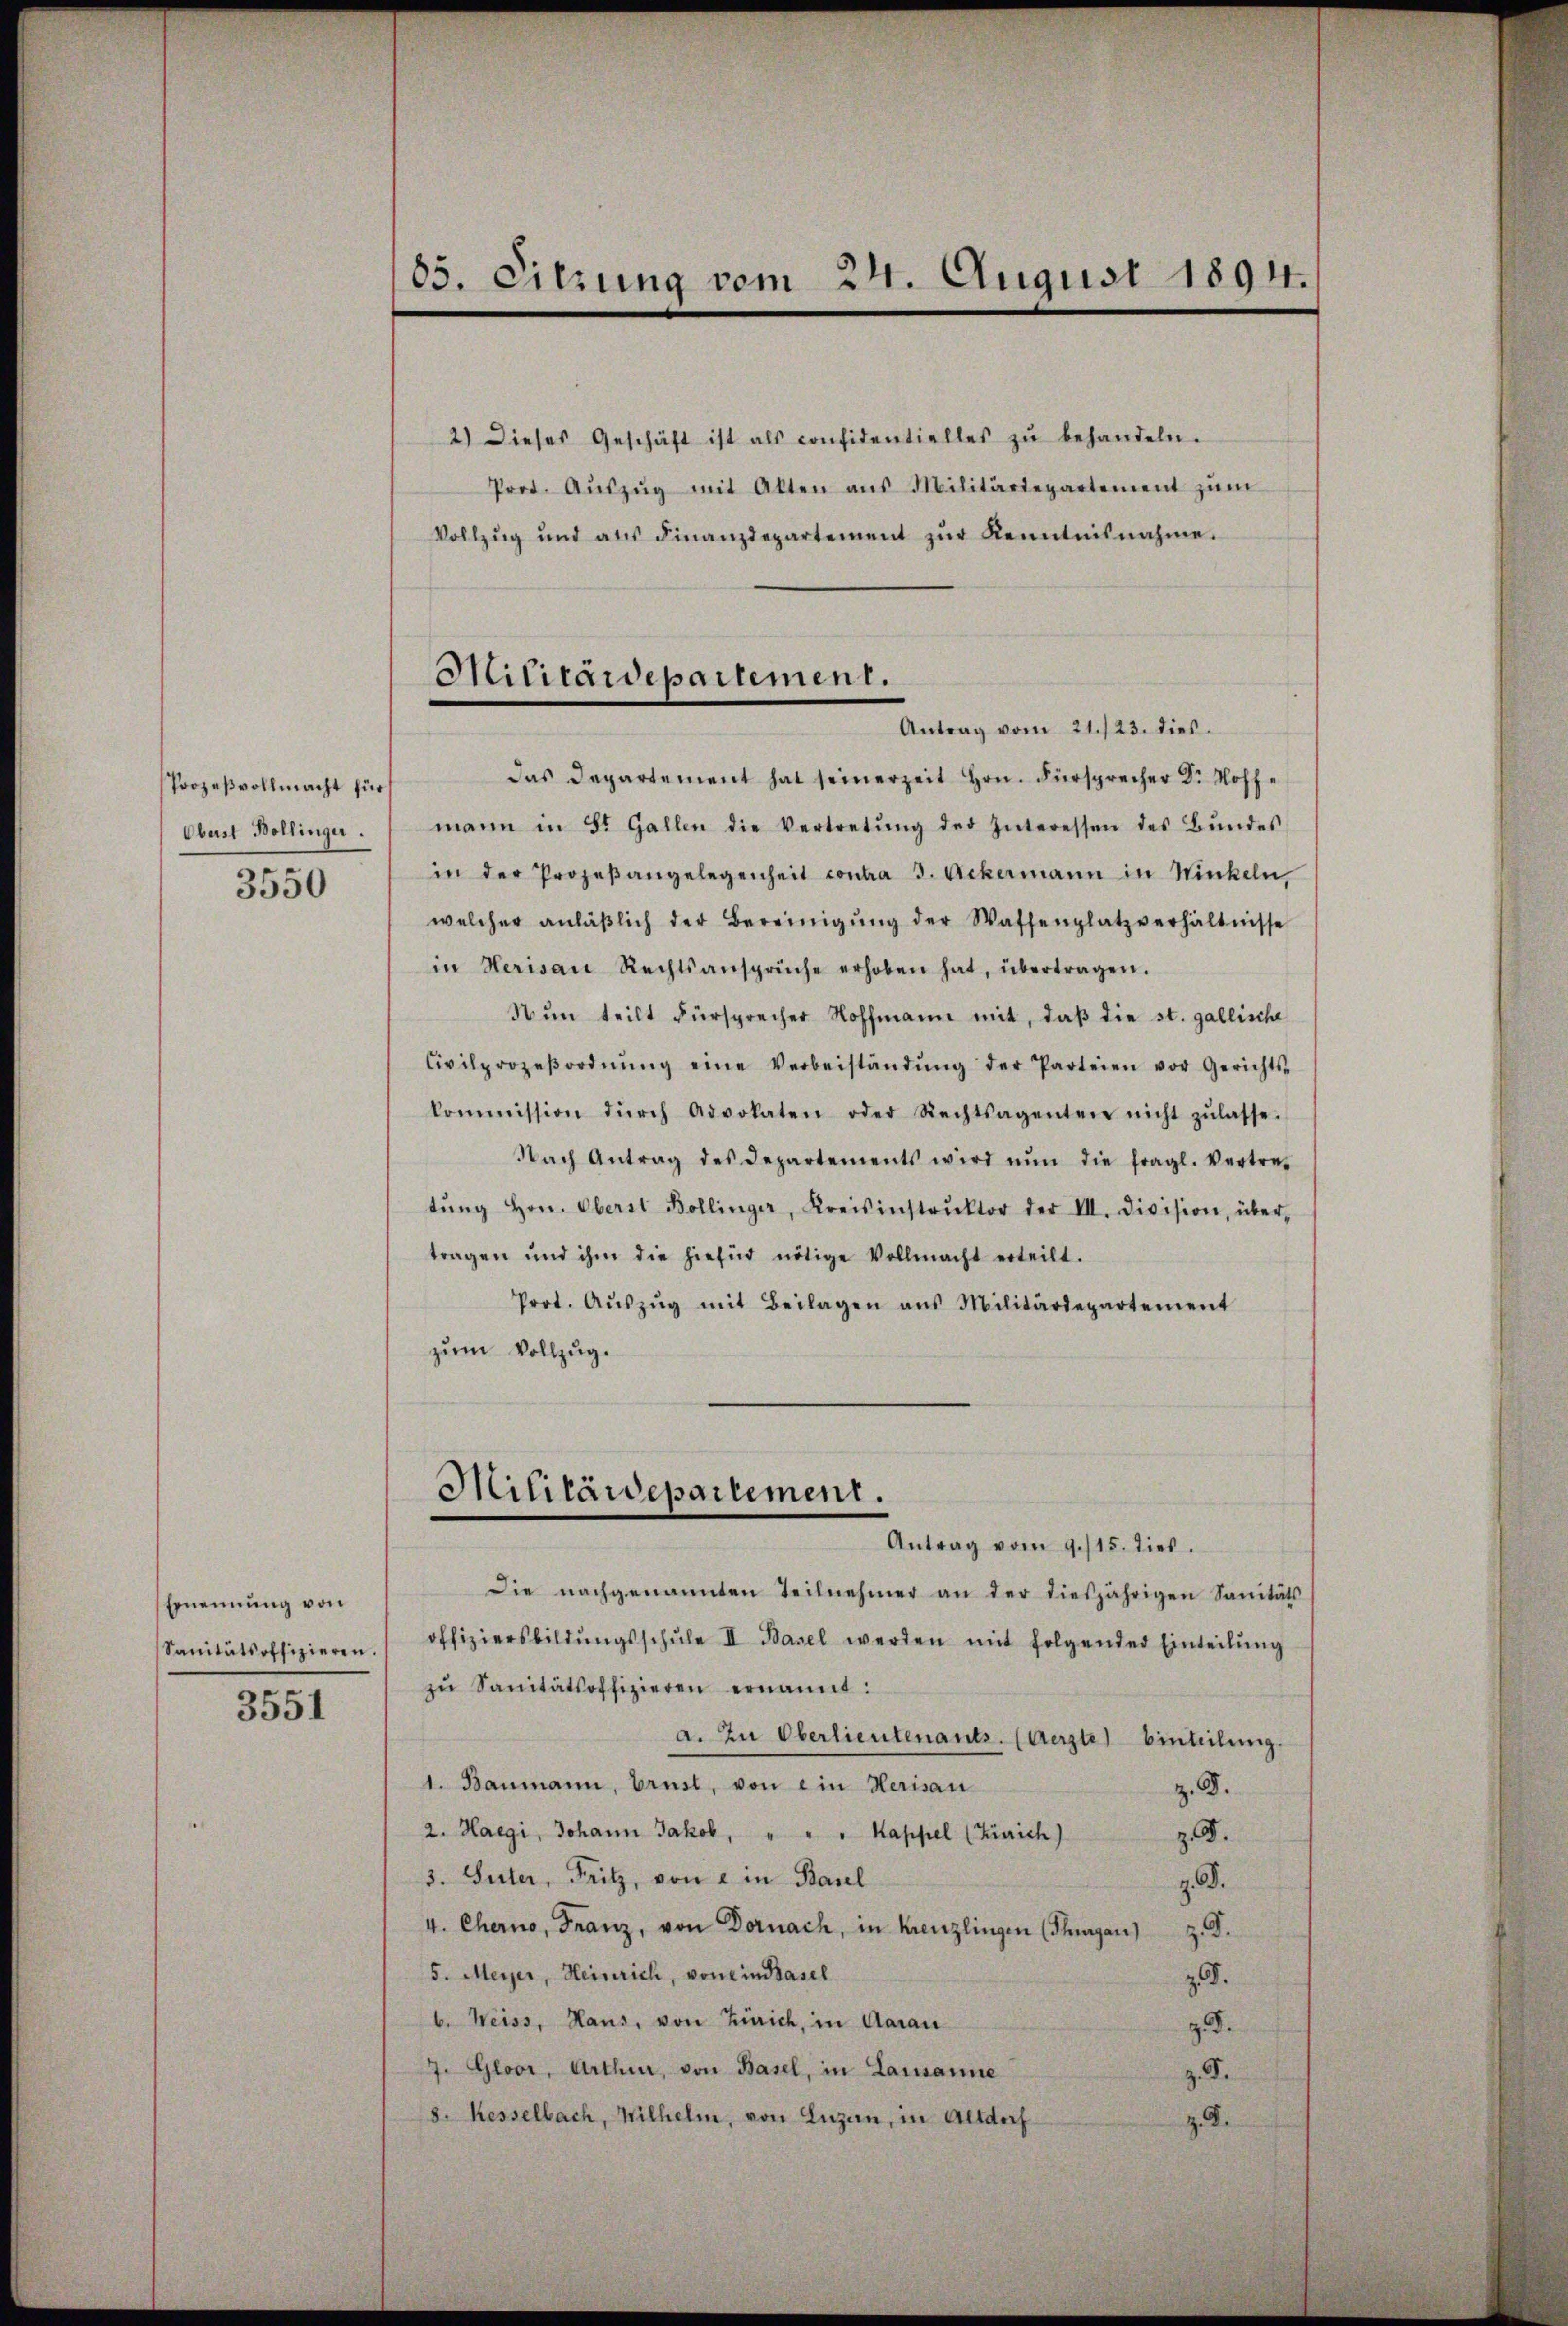
Prozeßvollmacht für
Oberst Bollinger.
3550

Ernennung von
Sanitätsoffizieren.

3551

85. Sitzung vom 24. August 1894.

2.) Dieses Geschäft ist als confidentielles zŭ behandeln.
Prot. Aŭszŭg mit Alten aŭs Militärdepartement zŭm
Vollzug und ans Finanzdepartement zŭr Kenntnisnahme.
das Departement hat seinerzeit Hrn. Fürsprecher Dr. Hoffmann in St. Gallen die Vertretŭng der Interessen des Bŭndes
in der Prozeβangelegenheit contra 3. Ackermann in Winkeln,
welcher anläβlich der Bereinigŭng der Waffenplatzverhältnisse
in Herisau Rechtsansprüche erhoben hat, übertragen.
Nŭn teilt Fürsprecher Hoffmann mit, daβ die st. gallische
Civilprozeβordnŭng eine Verbeiständŭng der Parteien vor Gerichts-
kommission dŭrch Advokaten oder Rechtsagenten nicht zŭlasse.
Nach Antrag des Departements wird nun die fragl. Vertre-
tŭng Hrn. Oberst Bollinger, Kreisinstrŭktor der VII. Division, über-
tragen und ihm die hiefür nötige Vollmacht erteilt.
Prot. Aŭszŭg mit Beilagen ans Militärdepartement
zum Vollzug.

Hilitärdepartement.
Antrag vom 21./23. dies

Die nachgenannten Teilnehmer an der diesjährigen Sanitäts
offiziersbildŭngsschŭle II Basel werden mit folgender Einteilŭng
zŭ Sanitätsoffizieren ernannt:
a. Zu Oberlieutenants. (Aerzte Einteilung.
1. Baumann, Brust, von ein Herisau
z. B.
2. Haegi, Johann Jakob, " " " Kappel (Zürich)
z. B.
3. Suter, Fritz, von ein Basel
z. B.
4. Chero, Franz, von Dornach, in Kreuzlingen (Thurgau) z. B.
5. Meyer, Heinrich, von ein Basel
z.
b. Weiss, Haus, von Zürich, in Aarau
z. d.
7. Gloor, Arthur, von Basel, in Lausanne
z. F.
8. Kesselbach, Wilhelm, von Luzern, in Altdorf
z. B.

Militärdepartement.
Antrag vom 9./15. dies.